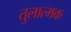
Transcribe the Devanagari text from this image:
तुलात्मक